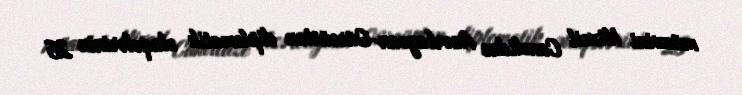
müavini Mixeil Canelidze Azərbaycan-Gürcüstan diplomatik əlaqələrinin 25